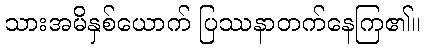
သားအမိနှစ်ယောက် ပြဿနာတက်နေကြ၏။